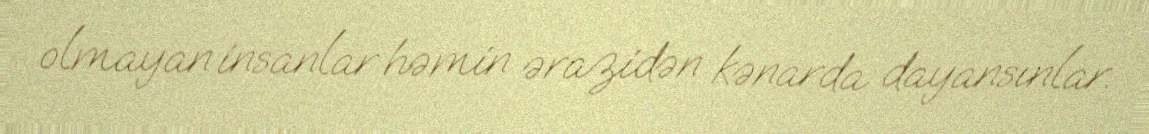
olmayan insanlar həmin ərazidən kənarda dayansınlar.